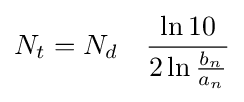
N_{t}=N_{d}\quad {\frac {\ln 10}{2\ln {\frac {b_{n}}{a_{n}}}}}